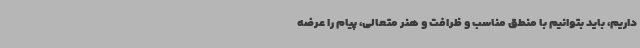
داریم، باید بتوانیم با منطق مناسب و ظرافت و هنر متعالی، پیام را عرضه